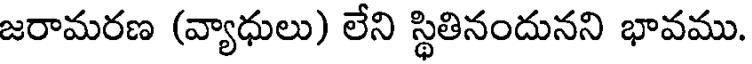
జరామరణ (వ్యాధులు) లేని స్థితినందునని భావము.